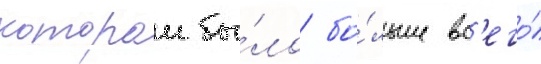
которои бы́ло бо́льше вс'его́